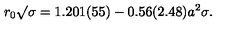
{ { r _ { 0 } } { \surd \sigma } } = 1 . 2 0 1 ( 5 5 ) - 0 . 5 6 ( 2 . 4 8 ) a ^ { 2 } \sigma .